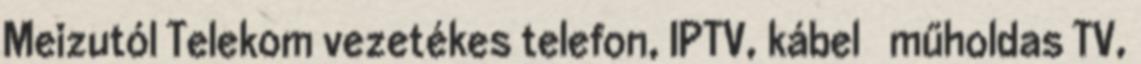
Meizutól Telekom vezetékes telefon, IPTV, kábel műholdas TV,